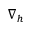
\nabla _ { h }